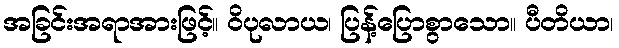
အခြင်းအရာအားဖြင့်။ ဝိပုလာယ၊ ပြန့်ပြောစွာသော။ ပီတိယာ၊